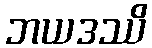
ဘယဒဿိ